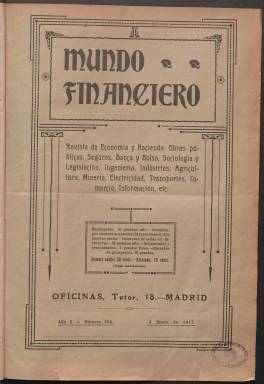
Título: Mundo financiero (Madrid)
Otros títulos: Mundo financiero, industrial y comercial, 1932-1936
Colección: Economía
Ámbito geográfico: Madrid
Lugar de publicación: Madrid
Fechas: 05/01/1917-01/09/1936